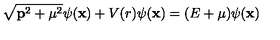
\sqrt { { \bf p } ^ { 2 } + { \mu } ^ { 2 } } \psi ( { \bf x } ) + V ( r ) \psi ( { \bf x } ) = ( E + { \mu } ) \psi ( { \bf x } )